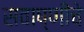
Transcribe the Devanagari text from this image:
सवाष्णींचे